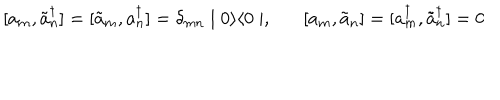
[ a _ { m } , \tilde { a } _ { n } ^ { \dagger } ] = [ \tilde { a } _ { m } , a _ { n } ^ { \dagger } ] = \delta _ { m n } \mid 0 \rangle \langle 0 \mid , [ a _ { m } , \tilde { a } _ { n } ] = [ a _ { m } ^ { \dagger } , \tilde { a } _ { n } ^ { \dagger } ] = 0